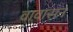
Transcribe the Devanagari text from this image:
वावासन